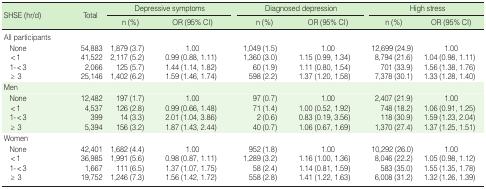
<table><thead><tr><td rowspan="2"><b>SHSE (hr/d)</b></td><td rowspan="2"><b>Total</b></td><td colspan="2"><b>Depressive symptoms</b></td><td colspan="2"><b>Diagnosed depression</b></td><td colspan="2"><b>High stress</b></td></tr><tr><td><b>n (%)</b></td><td><b>OR (95% CI)</b></td><td><b>n (%)</b></td><td><b>OR (95% CI)</b></td><td><b>n (%)</b></td><td><b>OR (95% CI)</b></td></tr></thead><tbody><tr><td>All participants</td><td></td><td></td><td></td><td></td><td></td><td></td><td></td></tr><tr><td> None</td><td>54,883</td><td>1,879 (3.7)</td><td>1.00</td><td>1,049 (1.5)</td><td>1.00</td><td>12,699 (24.9)</td><td>1.00</td></tr><tr><td> &lt;1</td><td>41,522</td><td>2,117 (5.2)</td><td>0.99 (0.88, 1.11)</td><td>1,360 (3.0)</td><td>1.15 (0.99, 1.34)</td><td>8,794 (21.6)</td><td>1.04 (0.98, 1.11)</td></tr><tr><td> 1-&lt;3</td><td>2,066</td><td>125 (5.7)</td><td>1.44 (1.14, 1.82)</td><td>60 (1.9)</td><td>1.11 (0.80, 1.54)</td><td>701 (33.9)</td><td>1.56 (1.38, 1.76)</td></tr><tr><td> ≥ 3</td><td>25,146</td><td>1,402 (6.2)</td><td>1.59 (1.46, 1.74)</td><td>598 (2.2)</td><td>1.37 (1.20, 1.58)</td><td>7,378 (30.1)</td><td>1.33 (1.28, 1.40)</td></tr><tr><td>Men</td><td></td><td></td><td></td><td></td><td></td><td></td><td></td></tr><tr><td>None</td><td>12,482</td><td>197 (1.7)</td><td>1.00</td><td>97 (0.7)</td><td>1.00</td><td>2,407 (21.9)</td><td>1.00</td></tr><tr><td> &lt;1</td><td>4,537</td><td>126 (2.8)</td><td>0.99 (0.66, 1.48)</td><td>71 (1.4)</td><td>1.00 (0.52, 1.92)</td><td>748 (18.2)</td><td>1.06 (0.91, 1.25)</td></tr><tr><td> 1-&lt;3</td><td>399</td><td>14 (3.3)</td><td>2.01 (1.04, 3.86)</td><td>2 (0.6)</td><td>0.83 (0.19, 3.56)</td><td>118 (30.9)</td><td>1.59 (1.23, 2.04)</td></tr><tr><td> ≥ 3</td><td>5,394</td><td>156 (3.2)</td><td>1.87 (1.43, 2.44)</td><td>40 (0.7)</td><td>1.06 (0.67, 1.69)</td><td>1,370 (27.4)</td><td>1.37 (1.25, 1.51)</td></tr><tr><td>Women</td><td></td><td></td><td></td><td></td><td></td><td></td><td></td></tr><tr><td> None</td><td>42,401</td><td>1,682 (4.4)</td><td>1.00</td><td>952 (1.8)</td><td>1.00</td><td>10,292 (26.0)</td><td>1.00</td></tr><tr><td> &lt;1</td><td>36,985</td><td>1,991 (5.6)</td><td>0.98 (0.87, 1.11)</td><td>1,289 (3.2)</td><td>1.16 (1.00, 1.36)</td><td>8,046 (22.2)</td><td>1.05 (0.98, 1.12)</td></tr><tr><td> 1-&lt;3</td><td>1,667</td><td>111 (6.5)</td><td>1.37 (1.07, 1.75)</td><td>58 (2.4)</td><td>1.14 (0.81, 1.59)</td><td>583 (35.0)</td><td>1.55 (1.35, 1.78)</td></tr><tr><td> ≥ 3</td><td>19,752</td><td>1,246 (7.3)</td><td>1.56 (1.42, 1.72)</td><td>558 (2.8)</td><td>1.41 (1.22, 1.63)</td><td>6,008 (31.2)</td><td>1.32 (1.26, 1.39)</td></tr></tbody></table>